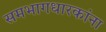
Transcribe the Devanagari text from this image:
समभागधारकांना